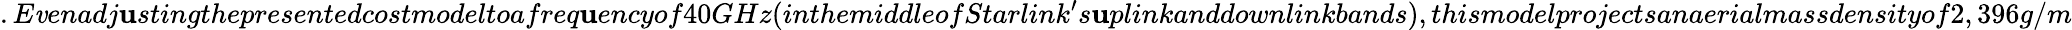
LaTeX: .E\mathit{v}enadj\mathbf{u}stingthepresentedcostmodeltoafreq\mathbf{u}encyof40GHz(inthemiddleofStarlink^{\prime}s\mathbf{u}plinkanddownlinkbands),thismodelprojectsanaerialmassdensityof2,396g/m